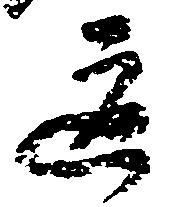
道